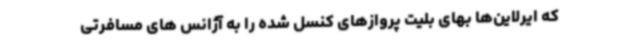
که ایرلاین‌ها بهای بلیت پروازهای کنسل شده را به آژانس های مسافرتی